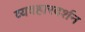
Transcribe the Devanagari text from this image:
व्यवहारदर्शन